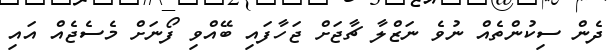
ދެން ސިކުންތެއް ނުވެ ނަޒްލާ ޗާޖަށް ޖަހާފައި ބޭއްވި ފޯނަށް މެސެޖެއް އައި